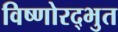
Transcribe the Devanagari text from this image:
विष्णोरद्भुत